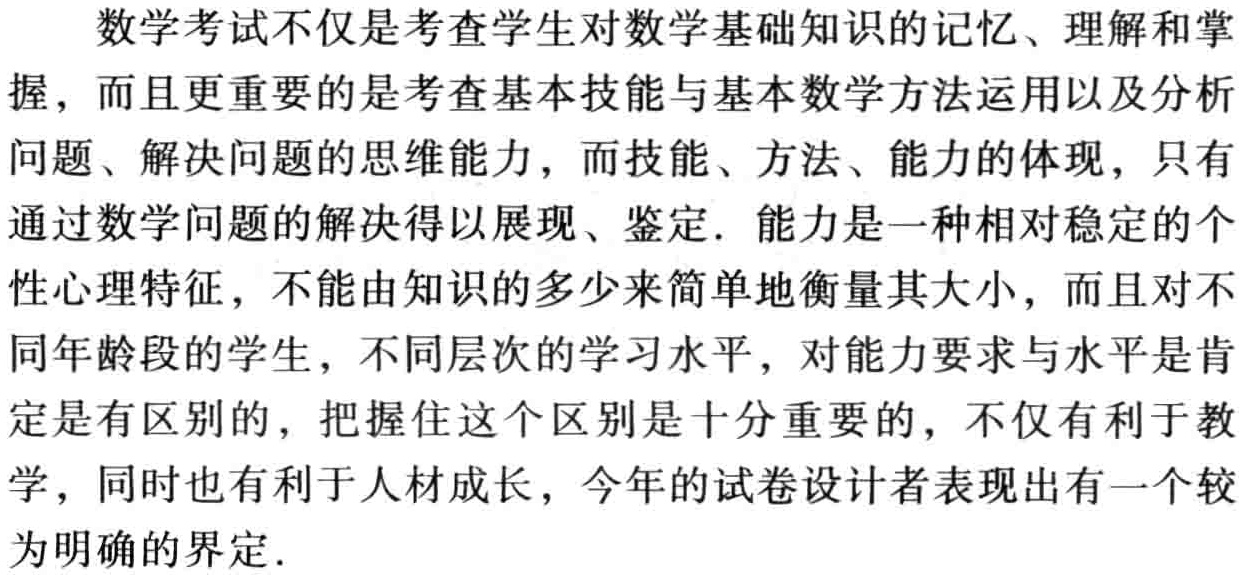
数学考试不仅是考查学生对数学基础知识的记忆、理解和掌握，而且更重要的是考查基本技能与基本数学方法运用以及分析问题、解决问题的思维能力，而技能、方法、能力的体现，只有通过数学问题的解决得以展现、鉴定. 能力是一种相对稳定的个性心理特征，不能由知识的多少来简单地衡量其大小，而且对不同年龄段的学生，不同层次的学习水平，对能力要求与水平是肯定是有区别的，把握住这个区别是十分重要的，不仅有利于教学，同时也有利于人材成长，今年的试卷设计者表现出有一个较为明确的界定.